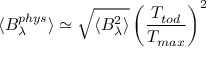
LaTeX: \langle B _ { \lambda } ^ { p h y s } \rangle \simeq \sqrt { \langle B _ { \lambda } ^ { 2 } \rangle } \left( \frac { T _ { t o d } } { T _ { m a x } } \right) ^ { 2 }